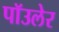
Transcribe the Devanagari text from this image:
पॉउलेर